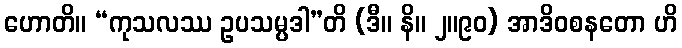
ဟောတိ။ “ကုသလဿ ဥပသမ္ပဒါ”တိ (ဒီ။ နိ။ ၂။၉၀) အာဒိဝစနတော ဟိ